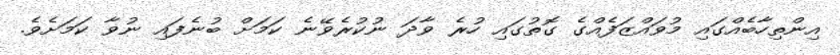
އިންތިހާބެއްގައި މުވައްޒަފެއްގެ ގޮތުގައި ހުރެ ވާދަ ނުކުރެވޭނެ ކަމަށް ބުނެފައި ނުވާ ކަމަށެވެ.